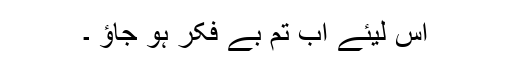
اس لیئے اب تم بے فکر ہو جاؤ ۔